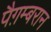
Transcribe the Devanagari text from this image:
पैग़म्बरान